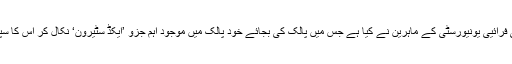
یہ نیا مطالعہ برلن کی فرائیی یونیورسٹی کے ماہرین نے کیا ہے جس میں پالک کی بجائے خود پالک میں موجود اہم جزو ’ایکڈ سٹیرون‘ نکال کر اس کا سپلیمنٹ آزمایا گیا ہے ۔